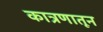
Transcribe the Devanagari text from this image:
कात्रणातून